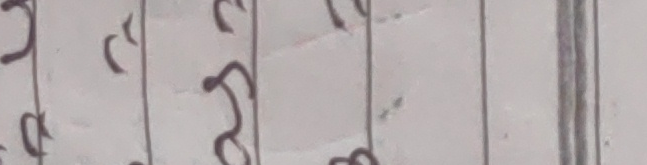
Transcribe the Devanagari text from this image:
चा